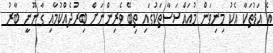
އެ އަޑުތަކާ އެކު މިނިވަން މުއައްސަސާތަކުގައި ތިބޭ ވެރިންނަށް ބިރުދެއްކުމާއި ގާނޫނީ ބާރު